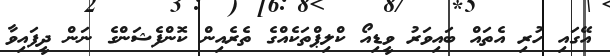
އޭގައި ހުރި އެތައް ބައިވަރު ވީޑިއޯ ކްލިޕްތަކެއްގެ ތެރެއިން ކޮންފެޝަންގެ ނަން ދީފައިވާ